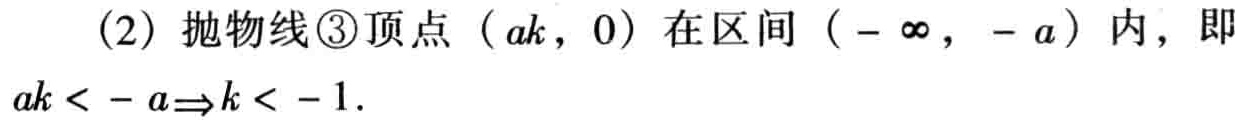
（2）抛物线\textcircled{3}顶点（\(ak\)，\(0\)）在区间（\(-\infty\)，\(-a\)）内，即\(ak < - a\Rightarrow k < - 1\).